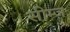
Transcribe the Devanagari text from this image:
सीम्ज़